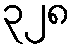
၃၂၈